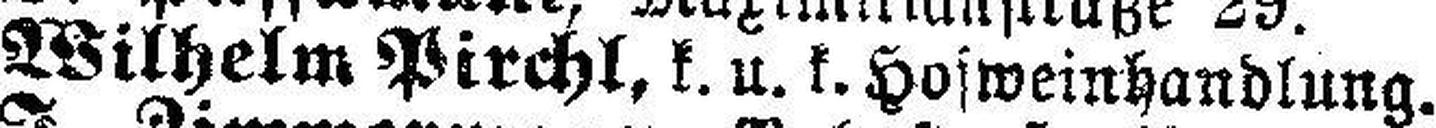
Wilhelm Pirchl, k. u. k. Hosweinhandlung.